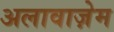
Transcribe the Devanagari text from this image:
अलावाज़ेम